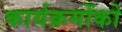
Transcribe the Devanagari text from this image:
कार्यक्रमोंको